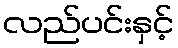
လည်ပင်းနှင့်